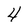
Character: 4